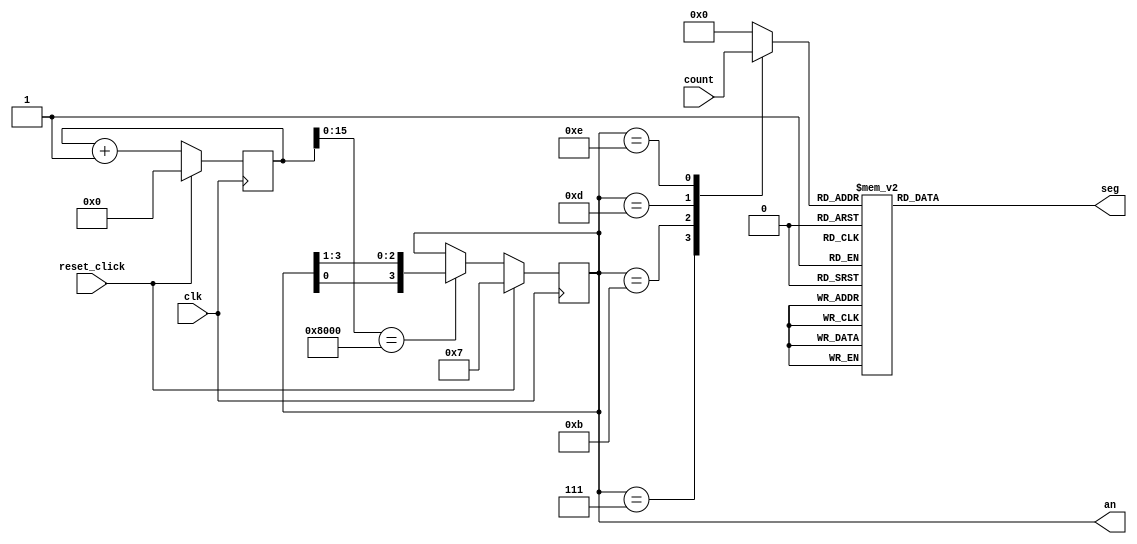
module seg(clk, count, reset_click, an, seg);
input clk;
input  [15:0] 	count;
input		reset_click;
output [3:0] 	an;
output [6:0] 	seg;

reg [3:0]	an;
reg [6:0]	seg;

reg   [39:0]                      counter;
always @(posedge clk)             
	if(reset_click)               counter     <= 0;
	else                          counter     <= counter + 1;
                                  
wire                              anode_clk    =  (counter[15:0] == 16'h8000);


always @(posedge clk)
        if(reset_click)       an <= 4'b0111;	
	     else if(anode_clk)   an <= {an[0],an[3:1]}; // rotate
	     else                 an <=  an;  

reg [3:0] cathode_select;

always @(an or count)
       case({an})
	      4'b0111:  cathode_select = count[15:12]; 
	      4'b1011:  cathode_select = count[11:8]; 
	      4'b1101:  cathode_select = count[7:4]; 
	      4'b1110:  cathode_select = count[3:0];
	      default:  cathode_select = 4'h0; 
      endcase


always @(cathode_select)
       case(cathode_select)
	       4'h0:  seg = 7'b1000_000;
	       4'h1:  seg = 7'b1111_001;
	       4'h2:  seg = 7'b0100_100;
	       4'h3:  seg = 7'b0110_000;
	       4'h4:  seg = 7'b0011_001;
	       4'h5:  seg = 7'b0010_010;
	       4'h6:  seg = 7'b0000_011;
	       4'h7:  seg = 7'b1111_000;
	       4'h8:  seg = 7'b0000_000;
	       4'h9:  seg = 7'b0011_000; 
	       4'ha:  seg = 7'b0001_000;
	       4'hb:  seg = 7'b0000_011; 
	       4'hc:  seg = 7'b1000_110; 
	       4'hd:  seg = 7'b0100_001; 
	       4'he:  seg = 7'b0000_110; 
	       4'hf:  seg = 7'b0001_110; 
     endcase
       
endmodule